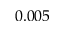
0 . 0 0 5